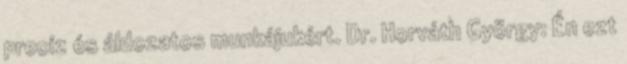
precíz és áldozatos munkájukért. Dr. Horváth György: Én ezt